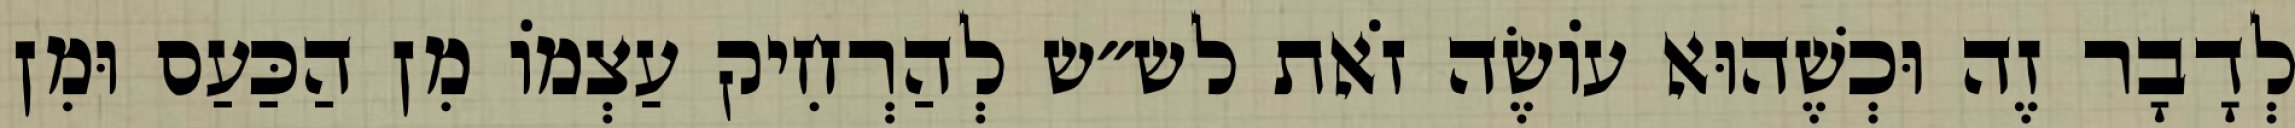
לְדָבָר זֶה וּכְשֶׁהוּא עוֹשֶׂה זֹאת לש״ש לְהַרְחִיק עַצְמוֹ מִן הַכַּעַס וּמִן